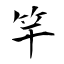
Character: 竿